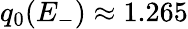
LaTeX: q_{0}(E_{-})\approx 1.265